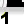
Digit: 1